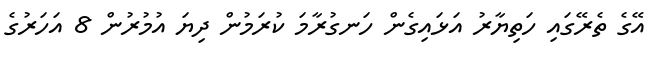
އޭގެ ތެރޭގައި ހަތިޔާރު އަޅައިގެން ހަނގުރާމަ ކުރަމުން ދިޔަ އުމުރުން 8 އަހަރުގެ